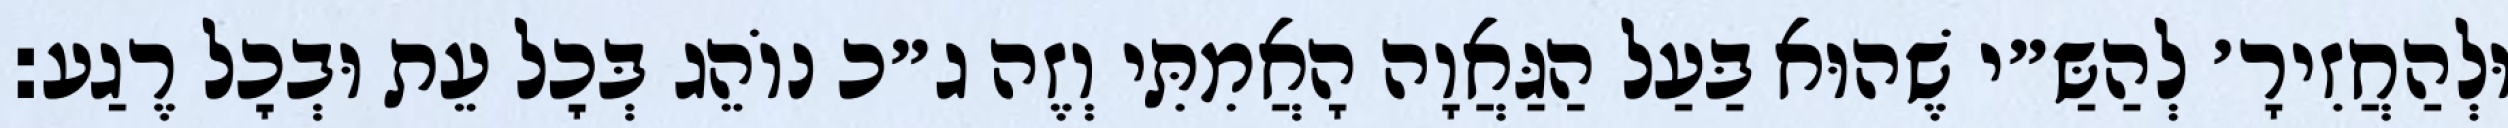
וּלְהַחֲזִירָ׳ לְהַשַּ״י שֶׁהוּא בַּעַל הַגַּאֲוָה הָאֲמִתִּי וְזֶה ג״כ נוֹהֵג בְּכׇל עֵת וּבְכׇל רֶגַע: